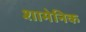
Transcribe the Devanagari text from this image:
शामेनिक